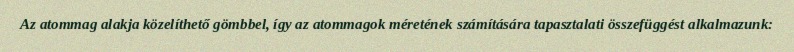
Az atommag alakja közelíthető gömbbel, így az atommagok méretének számítására tapasztalati összefüggést alkalmazunk: